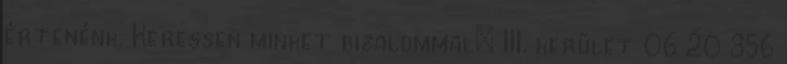
értenénk. Keressen minket bizalommal: III. kerület 06 20 356